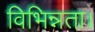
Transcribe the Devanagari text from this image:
विभिन्नता।